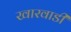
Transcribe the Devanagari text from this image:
खारवाडी